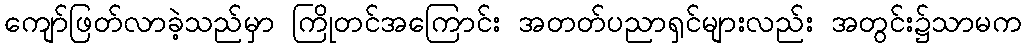
ကျော်ဖြတ်လာခဲ့သည်မှာ ကြိုတင်အကြောင်း အတတ်ပညာရှင်များလည်း အတွင်း၌သာမက